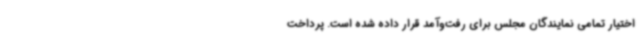
اختیار تمامی نمایندگان مجلس برای رفت‌وآمد قرار داده شده است. پرداخت